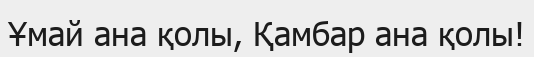
Ұмай ана қолы, Қамбар ана қолы!